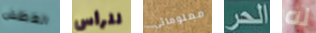
العطش للرأس معلوماتي الحر له